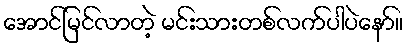
အောင်မြင်လာတဲ့ မင်းသားတစ်လက်ပါပဲနော်။